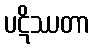
ပဋိဿတာ